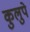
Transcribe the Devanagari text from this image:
कुलुपे